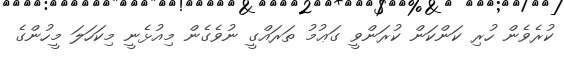
ކުރެވެން ހުރި ކަންކަން ކުރަންވީ ގަޢުމު ތަރައްގީ ނުވެގެން މިއުޅެނީ މިކަހަލަ މީހުންގެ